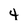
Character: 4